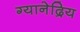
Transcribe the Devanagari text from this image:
ग्यानेद्रिय